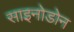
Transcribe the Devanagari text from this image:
साइनोडोन